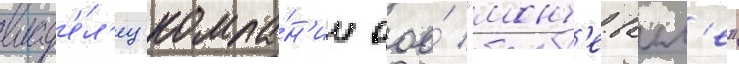
влад'е́л'ец компа́н'ии ооо́ "монт'е-валл'е"